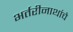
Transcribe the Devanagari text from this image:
भर्तरीनाथांचे